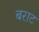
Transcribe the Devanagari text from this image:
बराट